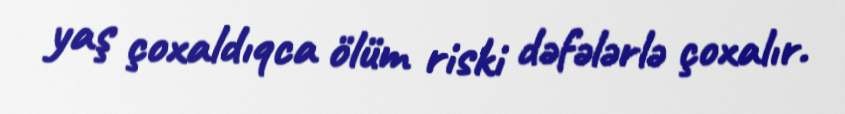
yaş çoxaldıqca ölüm riski dəfələrlə çoxalır.